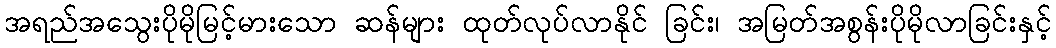
အရည်အသွေးပိုမိုမြင့်မားသော ဆန်များ ထုတ်လုပ်လာနိုင် ခြင်း၊ အမြတ်အစွန်းပိုမိုလာခြင်းနှင့်